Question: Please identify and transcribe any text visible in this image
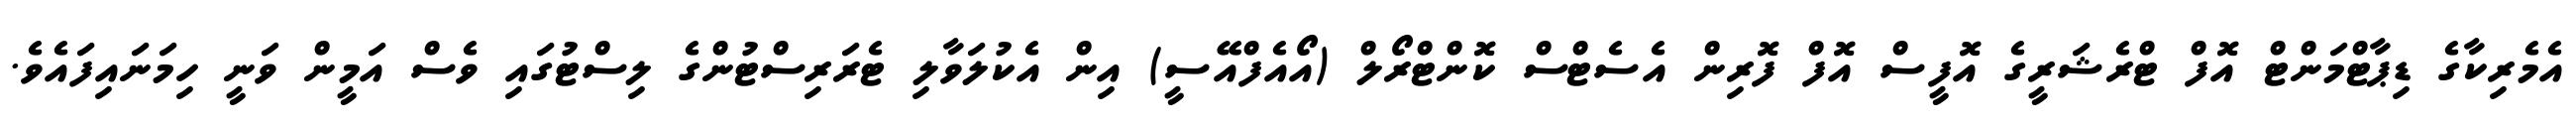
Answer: އެމެރިކާގެ ޑިޕާޓްމަންޓް އޮފް ޓްރެޝަރީގެ އޮފީސް އޮފް ފޮރިން އެސެޓްސް ކޮންޓްރޯލް (އޯއެފްއޭސީ) އިން އެކުލަވާލި ޓެރަރިސްޓުންގެ ލިސްޓުގައި ވެސް އަމީން ވަނީ ހިމަނައިފައެވެ.